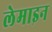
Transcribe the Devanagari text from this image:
लेमाइन